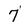
Character: 7